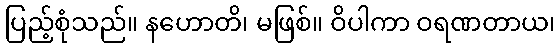
ပြည့်စုံသည်။ နဟောတိ၊ မဖြစ်။ ဝိပါကာ ဝရဏတာယ၊